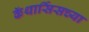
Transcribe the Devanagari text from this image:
कॅथार्सिसच्या